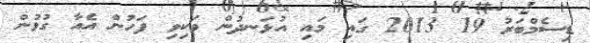
ޑިސެމްބަރު 19 2013 ގައި މައި އުޅަނދުން ވަކިވި ފަހުން އެއާ ގުޅުން